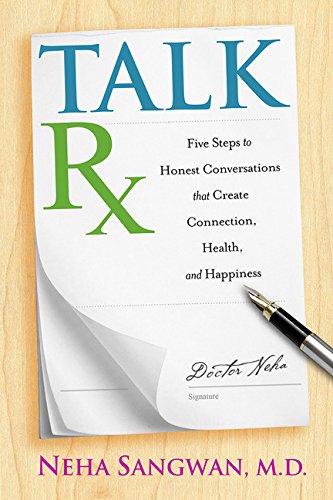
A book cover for TalkRx: Five Steps to Honest Conversations That Create Connection, Health, and Happiness; Neha Sangwan M.D.; Self-Help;